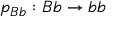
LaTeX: p _ { B b } : B b \rightarrow b b